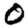
Digit: 0